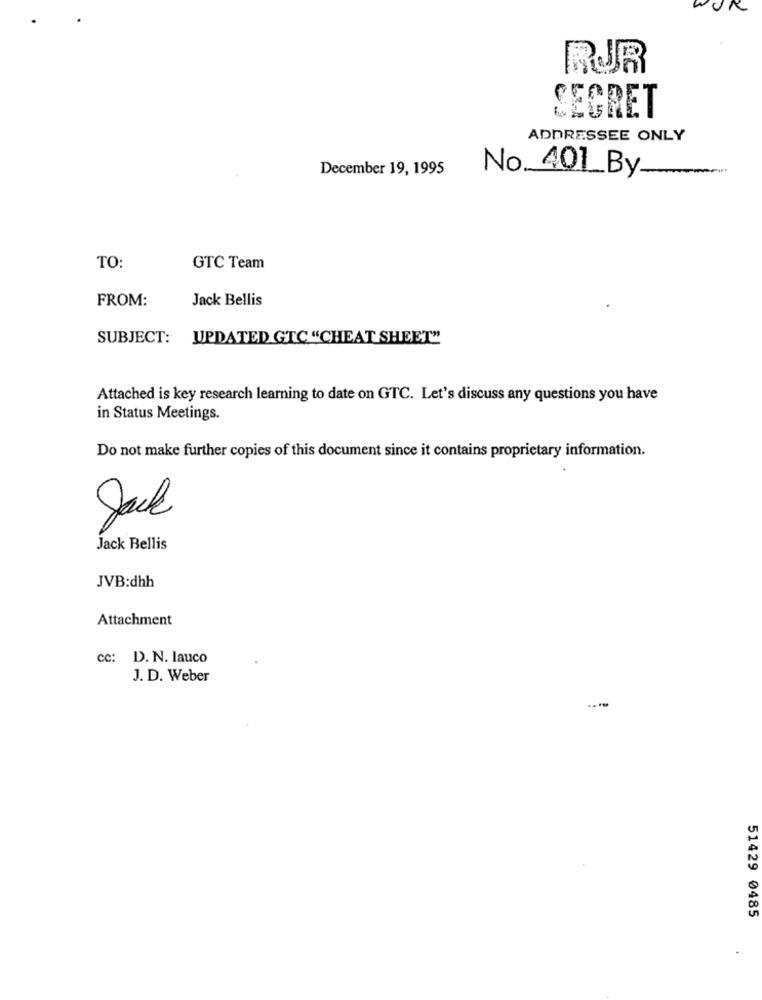
RUR
SECRET
ADDRESSEE ONLY
December 19, 1995
No. 401 By
TO:
GTC Team
FROM:
Jack Bellis
SUBJECT: UPDATED GTC "CHEAT SHEET"
Attached is key research learning to date on GTC. Let's discuss any questions you have
in Status Meetings.
Do not make further copies of this document since it contains proprietary information.
Jack Bellis
JVB:dhh
Attachment
cc: D. N. lauco
J. D. Weber
51429 0485